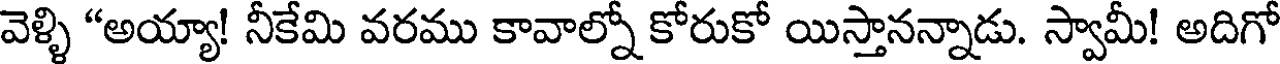
వెళ్ళి "అయ్యా! నీకేమి వరము కావాల్నో కోరుకో యిస్తానన్నాడు. స్వామీ! అదిగో